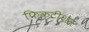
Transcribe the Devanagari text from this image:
फिक्टीशस